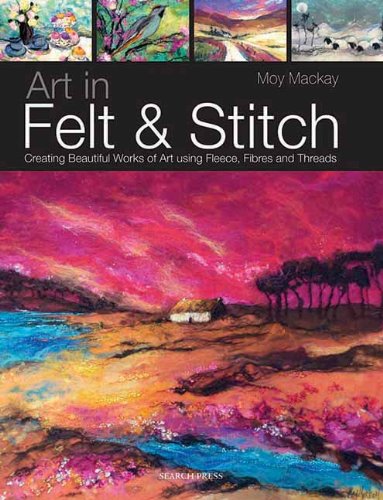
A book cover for Art in Felt & Stitch: Creating Beautiful Works of Art Using Fleece, Fibres and Threads; Moy MacKay; Crafts, Hobbies & Home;